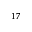
^ { 1 7 }